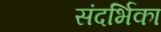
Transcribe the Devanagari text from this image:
संदर्भिका